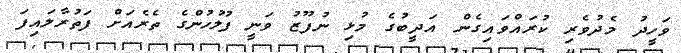
ވަހީދު މެދުވެރި ކުރައްވައިގެން އަދީބުގެ މުޅި ނުފޫޒު ވަނީ ފުލުހުންގެ ތެރެއަށް ފަތުރާލައިފަ